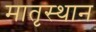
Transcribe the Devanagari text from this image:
मातृस्थान